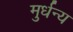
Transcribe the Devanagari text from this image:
मुर्धन्य